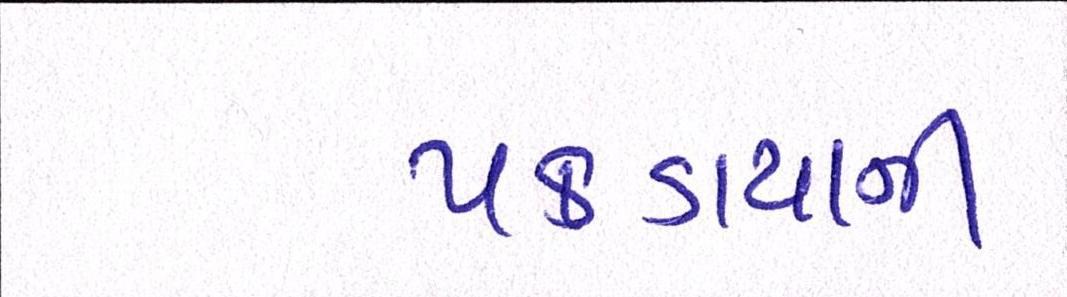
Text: પકડાયાની